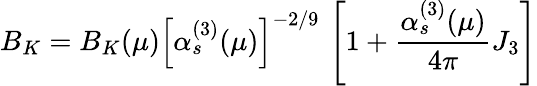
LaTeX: B_{K}=B_{K}(\mu)\left[\alpha_{s}^{(3)}(\mu)\right]^{-2/9}\, \left[1+\frac{\alpha_{s}^{(3)}(\mu)}{4\pi}J_{3}\right]